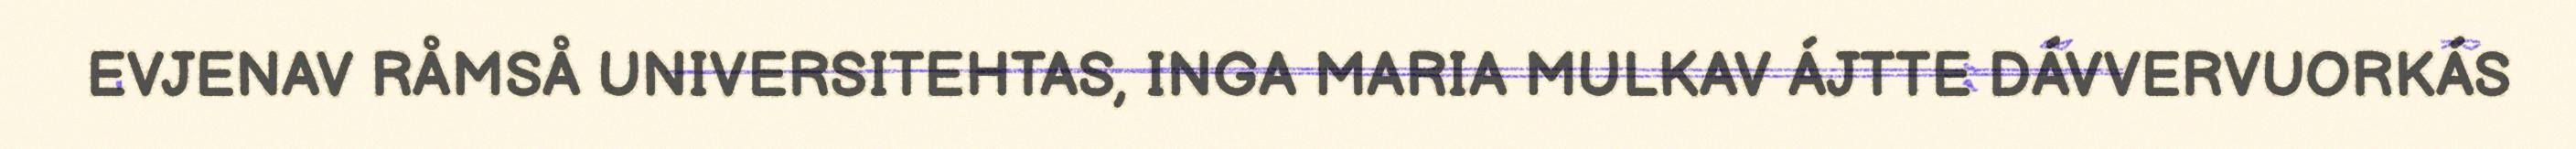
EVJENAV RÅMSÅ UNIVERSITEHTAS, INGA MARIA MULKAV ÁJTTE DÁVVERVUORKÁS